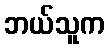
ဘယ်သူက